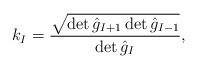
LaTeX: \begin{align*}{ k}_I=\frac{\sqrt{\det{\hat g}_{I+1}\det{\hat g}_{I-1}}}{\det{\hat g}_I },\end{align*}